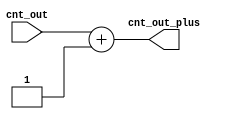
module cnt2 (cnt_out, cnt_out_plus);

input  [3:0] cnt_out;
output [3:0] cnt_out_plus;


reg [3:0] cnt_out_plus;
  always @ (cnt_out)
         cnt_out_plus = cnt_out + 1;

endmodule